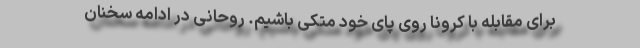
برای مقابله با کرونا روی پای خود متکی باشیم. روحانی در ادامه سخنان